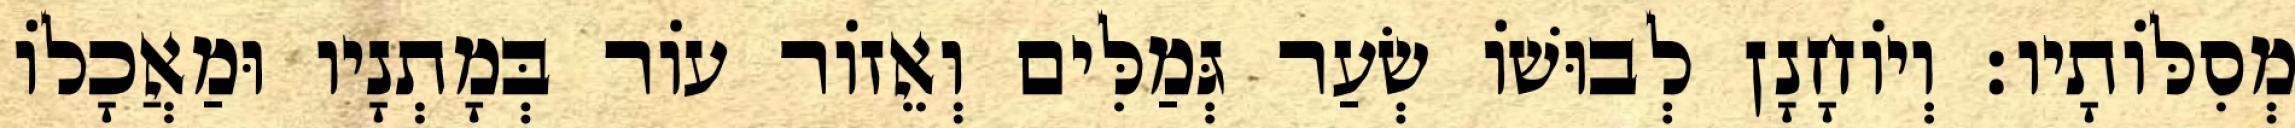
מְסִלּוֹתָיו׃ וְיוֹחָנָן לְבוּשׁוֹ שְׂעַר גְּמַלִּים וְאֵזוֹר עוֹר בְּמָתְנָיו וּמַאֲכָלוֹ